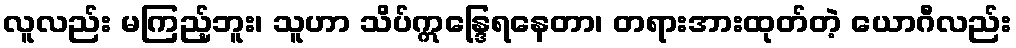
လူလည်း မကြည့်ဘူး၊ သူဟာ သိပ်ဣန္ဒြေရနေတာ၊ တရားအားထုတ်တဲ့ ယောဂီလည်း